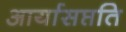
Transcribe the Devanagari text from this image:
आर्यासप्तति